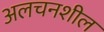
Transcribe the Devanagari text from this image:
अलचनशील